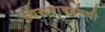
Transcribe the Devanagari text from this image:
स्वरूपाबद्दलची